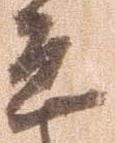
宜